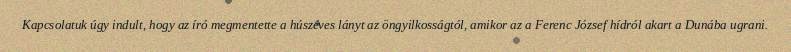
Kapcsolatuk úgy indult, hogy az író megmentette a húszéves lányt az öngyilkosságtól, amikor az a Ferenc József hídról akart a Dunába ugrani.